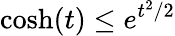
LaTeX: \cosh(t)\leq e^{t^{2}/2}